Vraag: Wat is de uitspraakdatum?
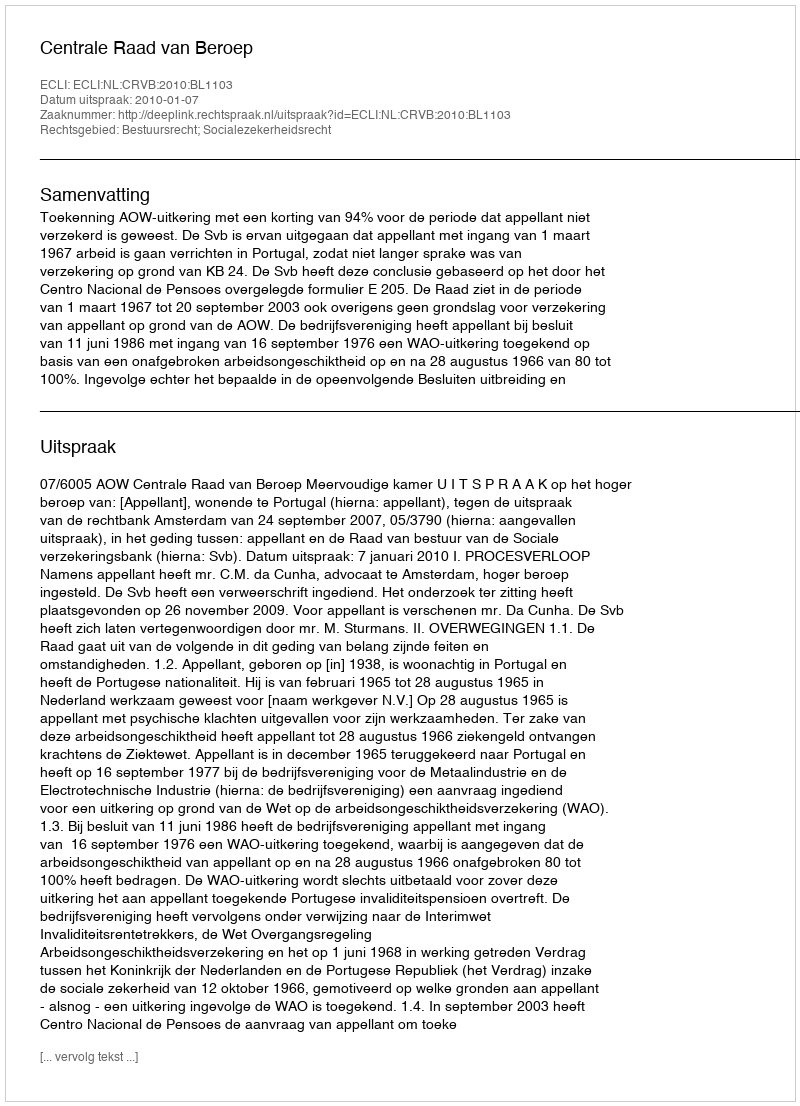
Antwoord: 2010-01-07